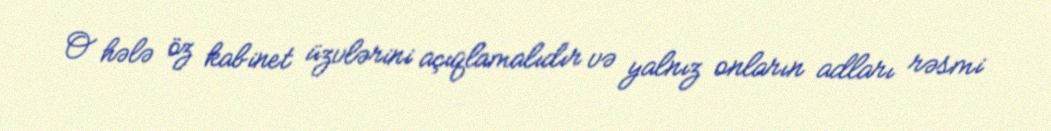
O hələ öz kabinet üzvlərini açıqlamalıdır və yalnız onların adları rəsmi